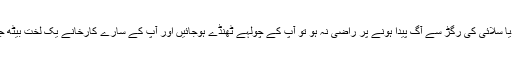
اگر دیا سلائی کی رگڑ سے آگ پیدا ہونے پر راضی نہ ہو تو آپ کے چولہے ٹھنڈے ہوجائیں اور آپ کے سارے کارخانے یک لخت بیٹھ جائیں۔